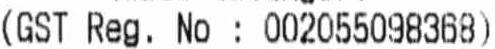
(GST REG. NO : 002055098368)